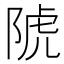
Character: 䖎